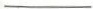
___